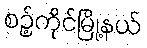
စဉ့်ကိုင်မြို့နယ်